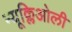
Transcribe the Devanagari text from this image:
न्यूक्लिओली